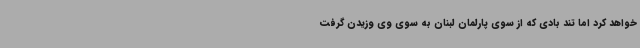
خواهد کرد اما تند بادی که از سوی پارلمان لبنان به سوی وی وزیدن گرفت